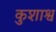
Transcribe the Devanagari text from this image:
कुशाश्व